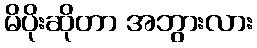
မိပိုးဆိုတာ အဘွားလား